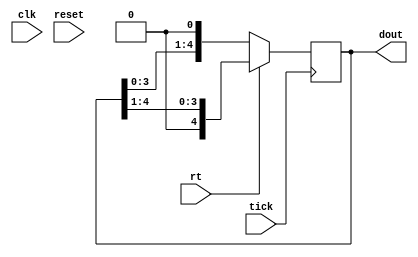
module counter2(
input wire clk, reset, tick, rt,
output reg [4:0] dout
);

//Setting the initial value of "dout"
initial
begin
dout = 5'b00001;
end

always @(posedge tick)
begin
//Right Shift Register
if(rt)
	begin
		if((dout >> 1) == 5'b00000) dout <= 5'b10000;
		dout = dout >> 1;
	end
else 
//Left Shift Register
	begin
		if ((dout << 1) == 5'b00000) dout <= 5'b00001;
		dout = dout << 1;
	end
end
endmodule